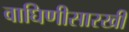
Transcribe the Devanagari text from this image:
वाघिणीसारखी